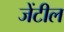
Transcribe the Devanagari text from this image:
जेंटील